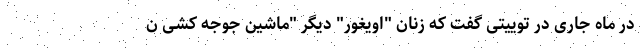
در ماه جاری در توییتی گفت که زنان "اویغور" دیگر "ماشین جوجه کشی ن